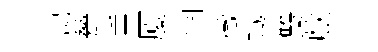
煬甆乗厦惘徴鐵雙歔